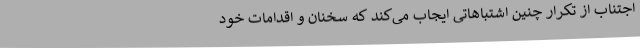
اجتناب از تکرار چنین اشتباهاتی ایجاب می‌کند که سخنان و اقدامات خود